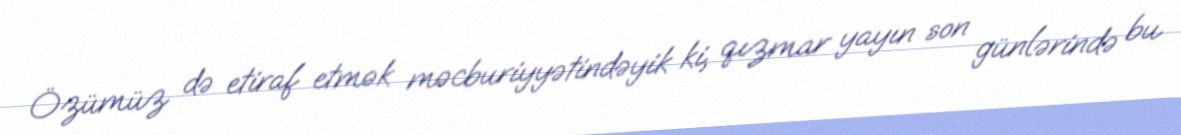
Özümüz də etiraf etmək məcburiyyətindəyik ki, qızmar yayın son günlərində bu